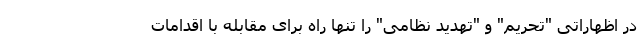
در اظهاراتی "تحریم" و "تهدید نظامی" را تنها راه برای مقابله با اقدامات